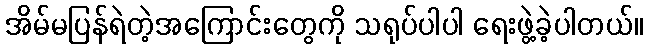
အိမ်မပြန်ရဲတဲ့အကြောင်းတွေကို သရုပ်ပါပါ ရေးဖွဲ့ခဲ့ပါတယ်။